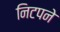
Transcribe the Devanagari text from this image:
निटपने